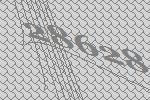
28628